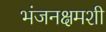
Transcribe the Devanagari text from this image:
भंजनक्षमशी